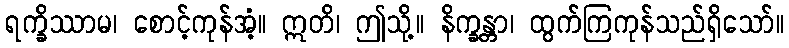
ရက္ခိဿာမ၊ စောင့်ကုန်အံ့။ ဣတိ၊ ဤသို့။ နိက္ခန္တာ၊ ထွက်ကြကုန်သည်ရှိသော်။